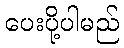
ပေးပို့ပါမည်